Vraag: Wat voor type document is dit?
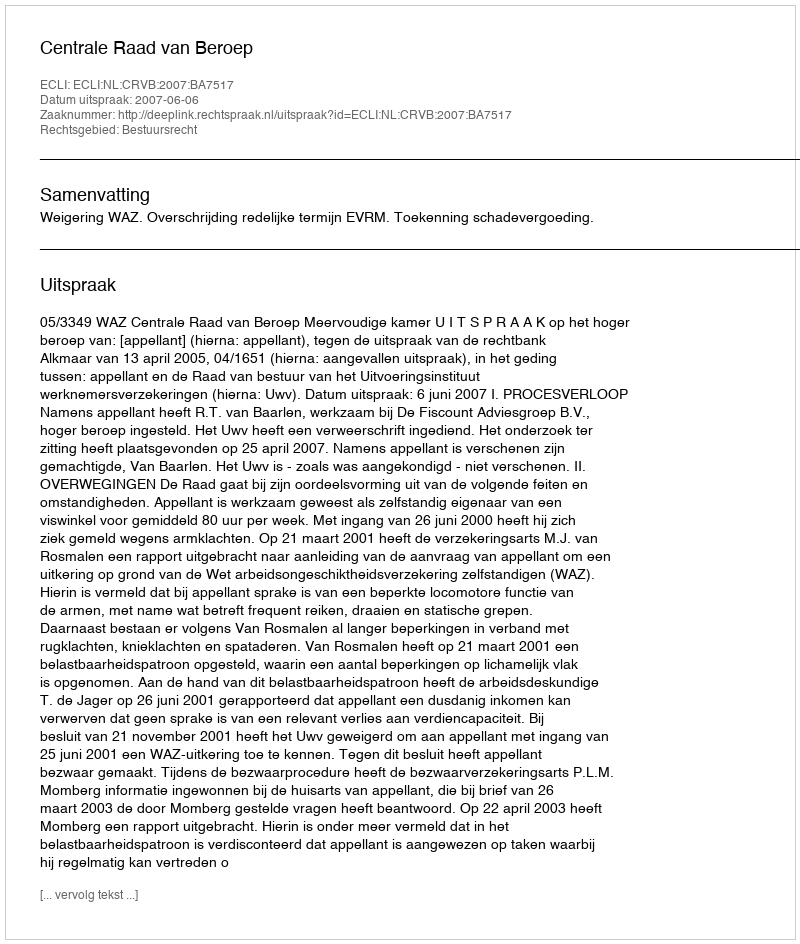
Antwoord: Uitspraak